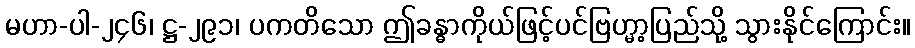
မဟာ-ပါ-၂၄၆၊ ဋ္ဌ-၂၉၁၊ ပကတိသော ဤခန္ဓာကိုယ်ဖြင့်ပင်ဗြဟ္မာ့ပြည်သို့ သွားနိုင်ကြောင်း။